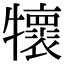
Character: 𤜄